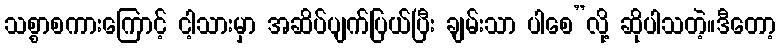
သစ္စာစကားကြောင့် ငါ့သားမှာ အဆိပ်ပျက်ပြယ်ပြီး ချမ်းသာ ပါစေ”လို့ ဆိုပါသတဲ့။ဒီတော့